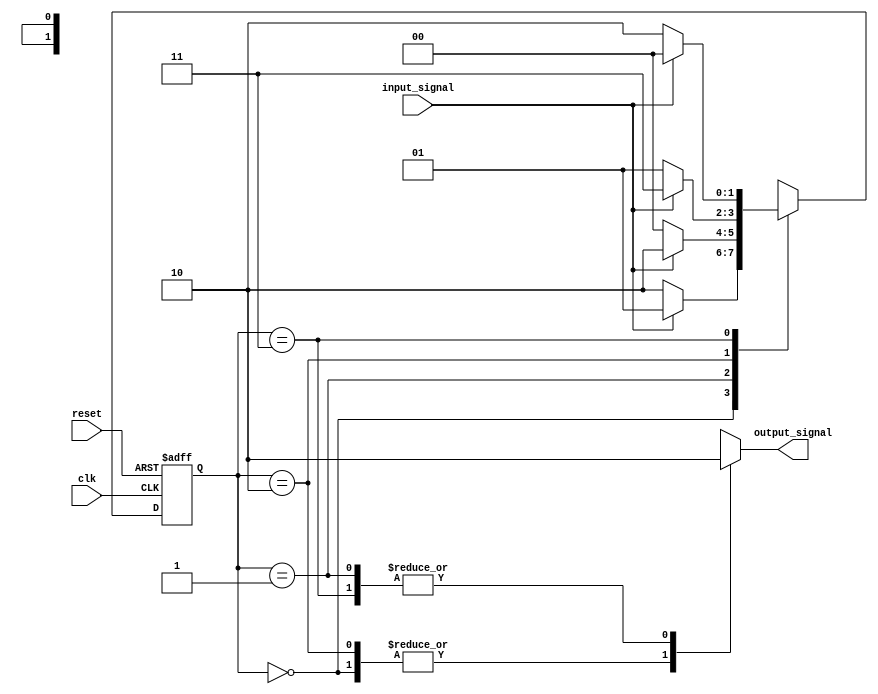
module state_machine (
    input clk,
    input reset,
    input input_signal,
    output reg output_signal
);

// State definitions
parameter STATE_A = 2'b00;
parameter STATE_B = 2'b01;
parameter STATE_C = 2'b10;
parameter STATE_D = 2'b11;

// State registers
reg [1:0] current_state;
reg [1:0] next_state;

// Output register
reg next_output;

always @(posedge clk or posedge reset) begin
    if (reset) begin
        current_state <= STATE_A;
    end else begin
        current_state <= next_state;
    end
end

always @* begin
    case (current_state)
        STATE_A: begin
            if (input_signal) begin
                next_state = STATE_B;
            end else begin
                next_state = STATE_C;
            end
            next_output = 1;
        end
        STATE_B: begin
            if (input_signal) begin
                next_state = STATE_C;
            end else begin
                next_state = STATE_A;
            end
            next_output = 0;
        end
        STATE_C: begin
            if (input_signal) begin
                next_state = STATE_D;
            end else begin
                next_state = STATE_B;
            end
            next_output = 1;
        end
        STATE_D: begin
            if (input_signal) begin
                next_state = STATE_A;
            end else begin
                next_state = STATE_C;
            end
            next_output = 0;
        end
        default: begin
            next_state = STATE_A;
            next_output = 1;
        end
    endcase
end

assign output_signal = next_output;

endmodule